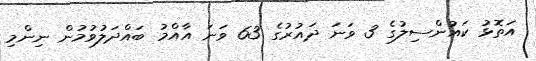
އަތޮޅު ކައުންސިލުގެ 3 ވަނަ ދައުރުގެ 63 ވަނަ އާއްމު ބައްދަލުވުމުން ނިންމި